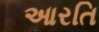
આરતિ